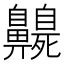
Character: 𪖻